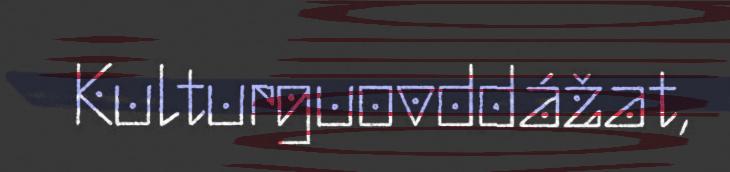
Kulturguovddážat,